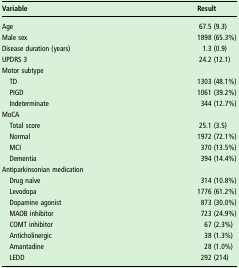
<table><thead><tr><td><b>Variable</b></td><td><b>Result</b></td></tr></thead><tbody><tr><td>Age</td><td>67.5 (9.3)</td></tr><tr><td>Male sex</td><td>1898 (65.3%)</td></tr><tr><td>Disease duration (years)</td><td>1.3 (0.9)</td></tr><tr><td>UPDRS 3</td><td>24.2 (12.1)</td></tr><tr><td colspan="2">Motor subtype</td></tr><tr><td> TD</td><td>1303 (48.1%)</td></tr><tr><td> PIGD</td><td>1061 (39.2%)</td></tr><tr><td> Indeterminate</td><td>344 (12.7%)</td></tr><tr><td colspan="2">MoCA</td></tr><tr><td> Total score</td><td>25.1 (3.5)</td></tr><tr><td> Normal</td><td>1972 (72.1%)</td></tr><tr><td> MCI</td><td>370 (13.5%)</td></tr><tr><td> Dementia</td><td>394 (14.4%)</td></tr><tr><td colspan="2">Antiparkinsonian medication</td></tr><tr><td> Drug naïve</td><td>314 (10.8%)</td></tr><tr><td> Levodopa</td><td>1776 (61.2%)</td></tr><tr><td> Dopamine agonist</td><td>873 (30.0%)</td></tr><tr><td> MAOB inhibitor</td><td>723 (24.9%)</td></tr><tr><td> COMT inhibitor</td><td>67 (2.3%)</td></tr><tr><td> Anticholinergic</td><td>38 (1.3%)</td></tr><tr><td> Amantadine</td><td>28 (1.0%)</td></tr><tr><td> LEDD</td><td>292 (214)</td></tr></tbody></table>